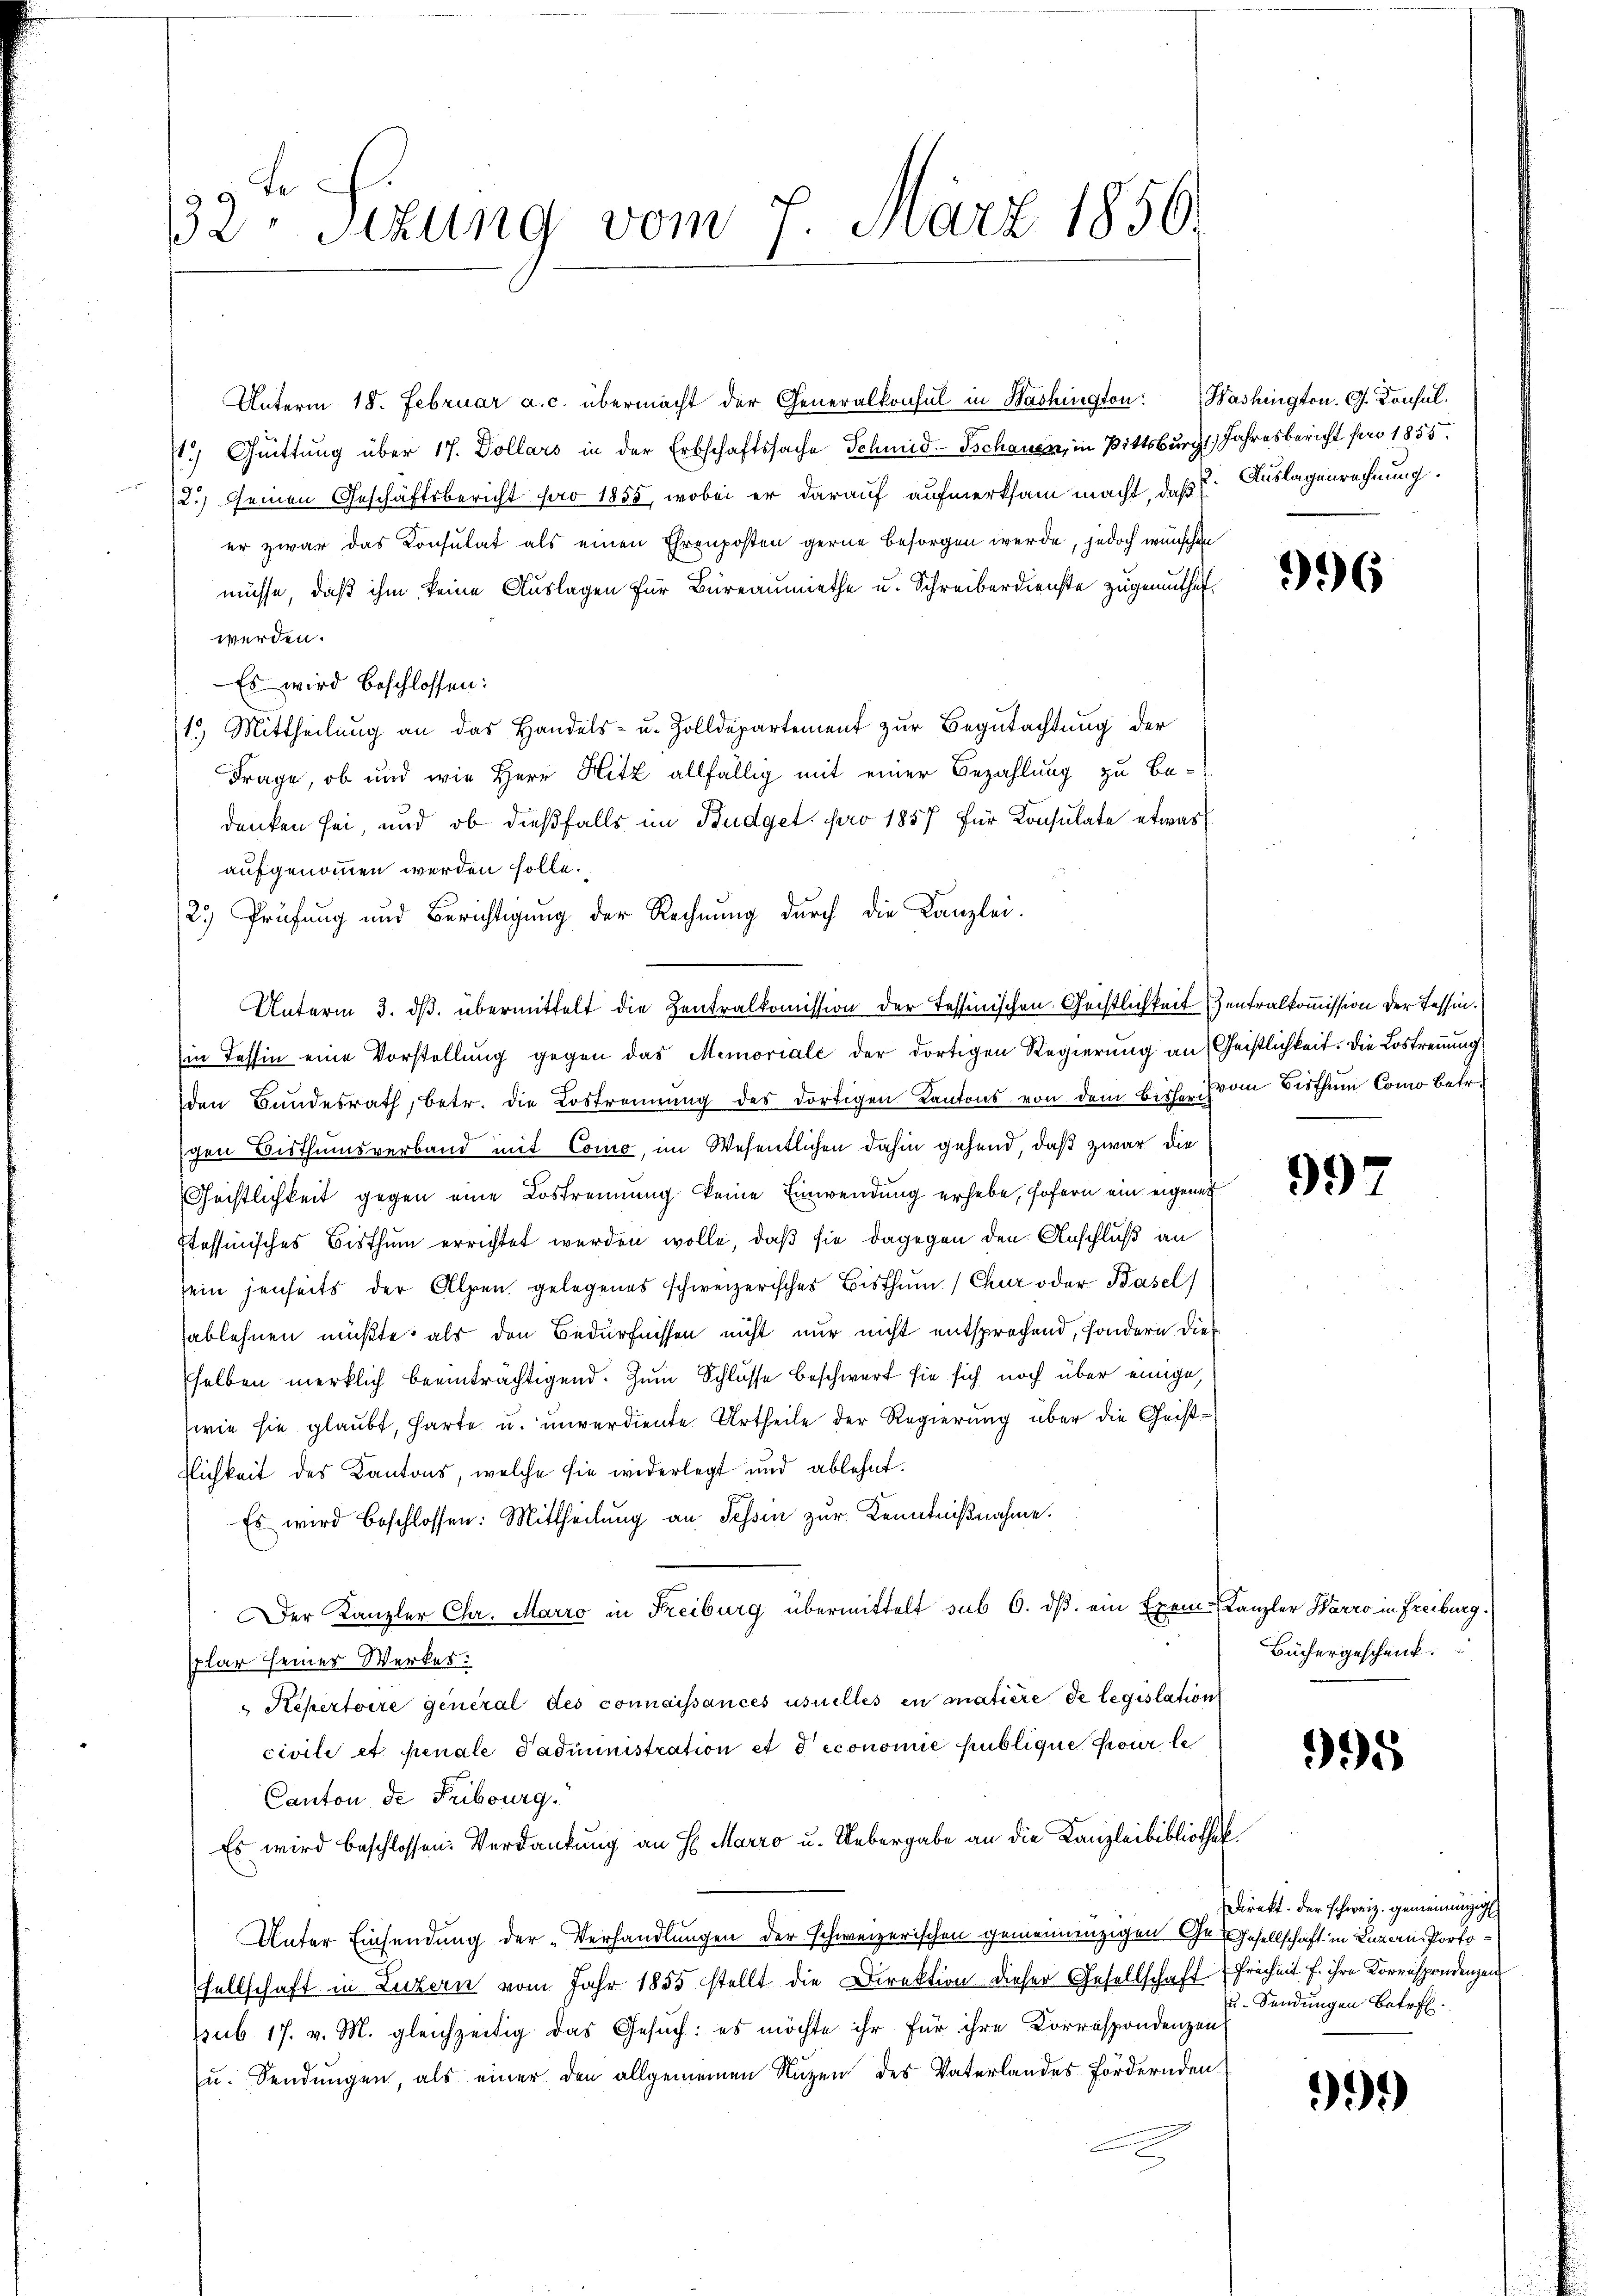
te
32 Sizung vom 7. März 1856.

Unterm 18. Februar a. c. übermacht der Generalkonsul in Washington: Washington. G. Konsul
) Quittung über 17. Dollars in der Erbschaftssache Schmid-Schauen, in Bittsburg, Jahresbericht sero 1855
12.) einen Geschäftsbericht pro 1855, wobei er darauf aufmerksam macht, daß Auslagenrechnung.
er zwar das Consulat als einen Ehrenposten gerne besorgen werde, jedoch wünschen
müsse, daß ihm keine Auslagen für Büreaumiethe u. Schreiberdienste zugemuthet
werden.
Es wird beschlossen:
13. Mittheilung an das Handels- u. Zolldepartement zur Begutachtung der
Frage, ob und wie Herr Hitz allfällig mit einer Bezahlung zu Be-
denken sei, und ob dießfalls im Budget pro 1857 für Konsulate etwas
aufgenommen werden solle.
2.) Prüfung und Berichtigung der Rechnung durch die Kanzlei.
Unterm 3. ds. übermittelt die Zentralkomission der Tessinischen Gechtlichkeit Zentralkommission der Tessin.
in Tessin eine Vorstellung gegen das Memoriale der dortigen Regierung an Geistlichkeit. Die Lostrennung
den Bundesrath, betr. die Lostrennung des dortigen Kantons von dem bisher chrom Bisthum Como betr.
gen Bisthumsverband mit Como, im Wesentlichen dahin gehend, daß zwar die
Gechtlichkeit gegen eine Lostrennung keine Einwendung erhebe, sofern ein eigenes
Itessinisches Bisthum errichtet werden wolle, daß sie dagegen den Anschluß an
sein jenseits der Alpen gelegenes schweizerisches Bisthum /Chur oder Basel
sablehnen müßte, als den Bedürfnissen nicht nur nicht entsprochend, sondern die
selben merklich beeinträchtigend. Zum Schlüsse beschwert sie sich noch über einige,
(wie sie glaubt, harte u. unverdiente Urtheile der Regierung über die Geistflichkeit des Kantons, welche sie widerlegt und ablehnt.
Es wird beschlossen: Mittheilung an Tessin zur Kenntnißnahme.
Der Kanzler Chr. Marro in Freiburg übermittelt sub 6. ds. ein Exem-Kanzler Warro in Freiburg.
Plar seines Werkes:
Repertoire general des connaissances usuelles en matière de legislation
civili et penale Padministration et deconomie publique pour le
Canton de Fribourg.
Es wird beschlossen: Verdankung an H. Marro u. Uebergabe an die Kanzleibibliothek
Unter Einsendung der „Verhandlungen der schweizerischen gemeindenzigen Ge- Gesellschaft in Luzern-Portosellschaft in Luzern vom Jahr 1855 stellt die Direktion dieser Gesellschaft Freiheit f. ihre Korrespondenzend
sub 17. v. M. gleichzeitig das Gesuch: es möchte ihr für ihre Korrespondenzen
zu. Sendungen, als einer den allgemeinen Nuzen des Vaterlandes fördernden
u

996

997

Büchergeschenk

995

Direkt der schweiz. gemeinngig
u. Sendungen betreff.

999)